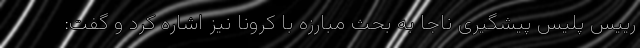
رییس پلیس پیشگیری ناجا به بحث مبارزه با کرونا نیز اشاره کرد و گفت: